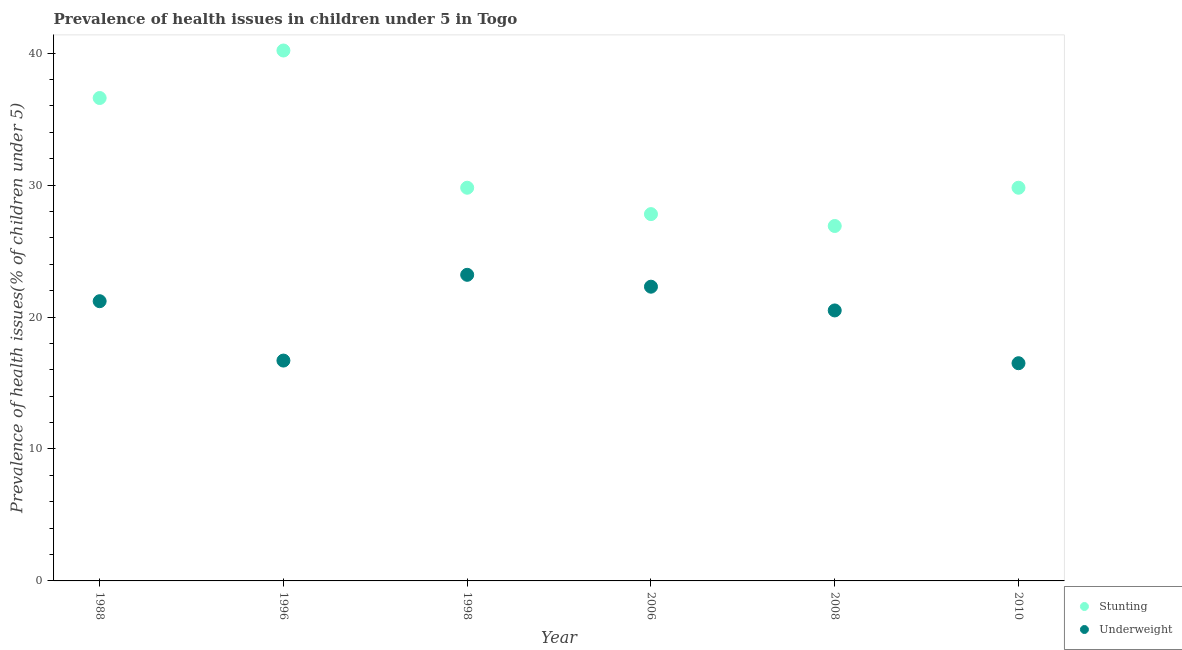
| Year | Stunting | Underweight |
 | --- | --- | --- |
 | 1988 | 36.6 | 21.2 |
 | 1996 | 40.2 | 16.7 |
 | 1998 | 29.8 | 23.2 |
 | 2006 | 27.8 | 22.3 |
 | 2008 | 26.9 | 20.5 |
 | 2010 | 29.8 | 16.5 |